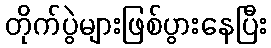
တိုက်ပွဲများဖြစ်ပွားနေပြီး